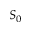
S _ { 0 }